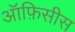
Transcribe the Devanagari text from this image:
ऑफ़िसीस